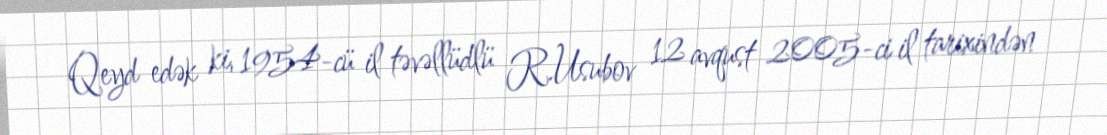
Qeyd edək ki, 1954-cü il təvəllüdlü R.Usubov 12 avqust 2005-ci il tarixindən